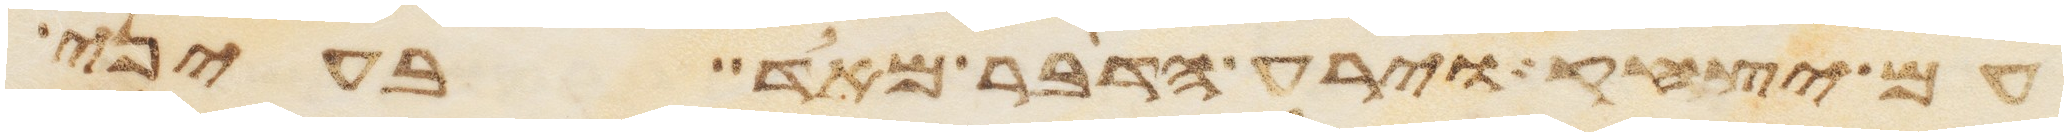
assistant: עם יצחק וירע הדבר מאד בעיני